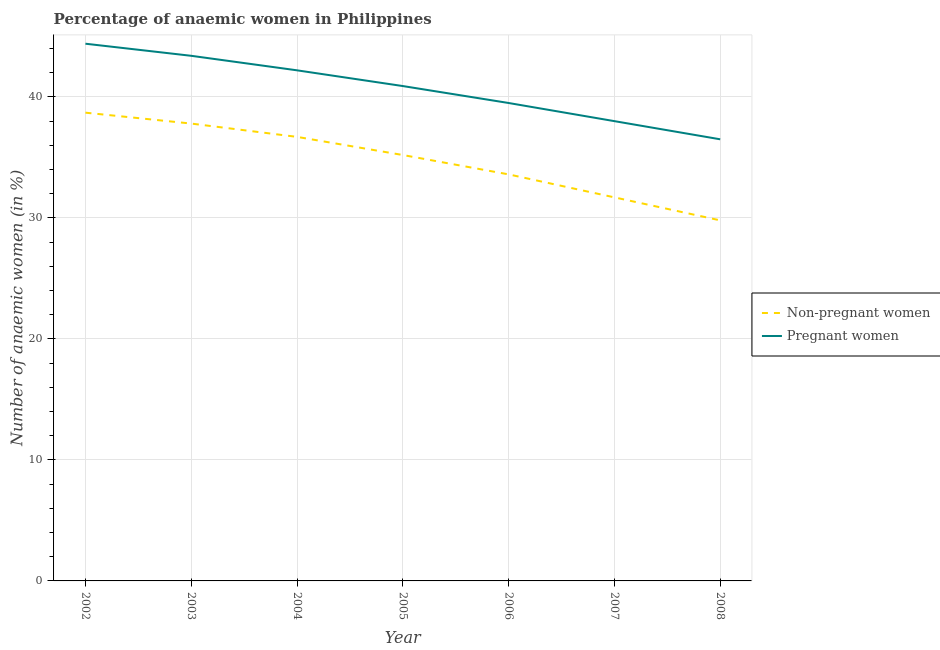
| Year | Non-pregnant women | Pregnant women |
 | --- | --- | --- |
 | 2002 | 38.7 | 44.4 |
 | 2003 | 37.8 | 43.4 |
 | 2004 | 36.7 | 42.2 |
 | 2005 | 35.2 | 40.9 |
 | 2006 | 33.6 | 39.5 |
 | 2007 | 31.7 | 38 |
 | 2008 | 29.8 | 36.5 |